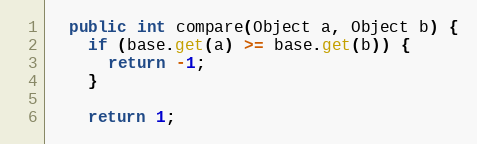
Language: Java
  public int compare(Object a, Object b) {
    if (base.get(a) >= base.get(b)) {
      return -1;
    }

    return 1;